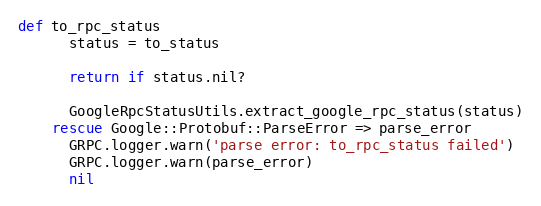
Language: Ruby
def to_rpc_status
      status = to_status

      return if status.nil?

      GoogleRpcStatusUtils.extract_google_rpc_status(status)
    rescue Google::Protobuf::ParseError => parse_error
      GRPC.logger.warn('parse error: to_rpc_status failed')
      GRPC.logger.warn(parse_error)
      nil